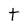
Character: T